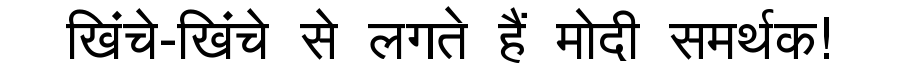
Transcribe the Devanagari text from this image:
खिंचे-खिंचे से लगते हैं मोदी समर्थक!